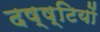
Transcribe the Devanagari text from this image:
दष्ष्टियों